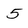
Character: 5